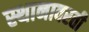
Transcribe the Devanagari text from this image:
स्थानावरती